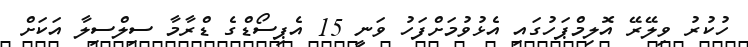
ހުކުރު ވިލޭރޭ އޮލިމްޕަހުގައި އެޅުވުމަށްފަހު ވަނީ 15 އެޕިސޯޑްގެ ޑްރާމާ ސިލްސިލާ އަކަށް